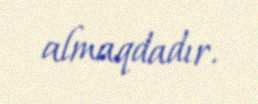
almaqdadır.